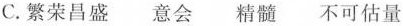
C.繁荣昌盛 意会 精髓 不可估量